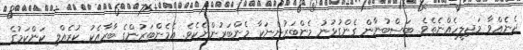
ދެނެއްވާ މަޖިލީހެއްނެތެވެ. ބަސްބުނާން ގެންގުޅުނު މެންބަރުންނަކާ މެންބަރުންނެކެވެ. އެމެންބަރުންގެ ބާރާއެކު ކުރެއްވި ކަންކަމުގެ